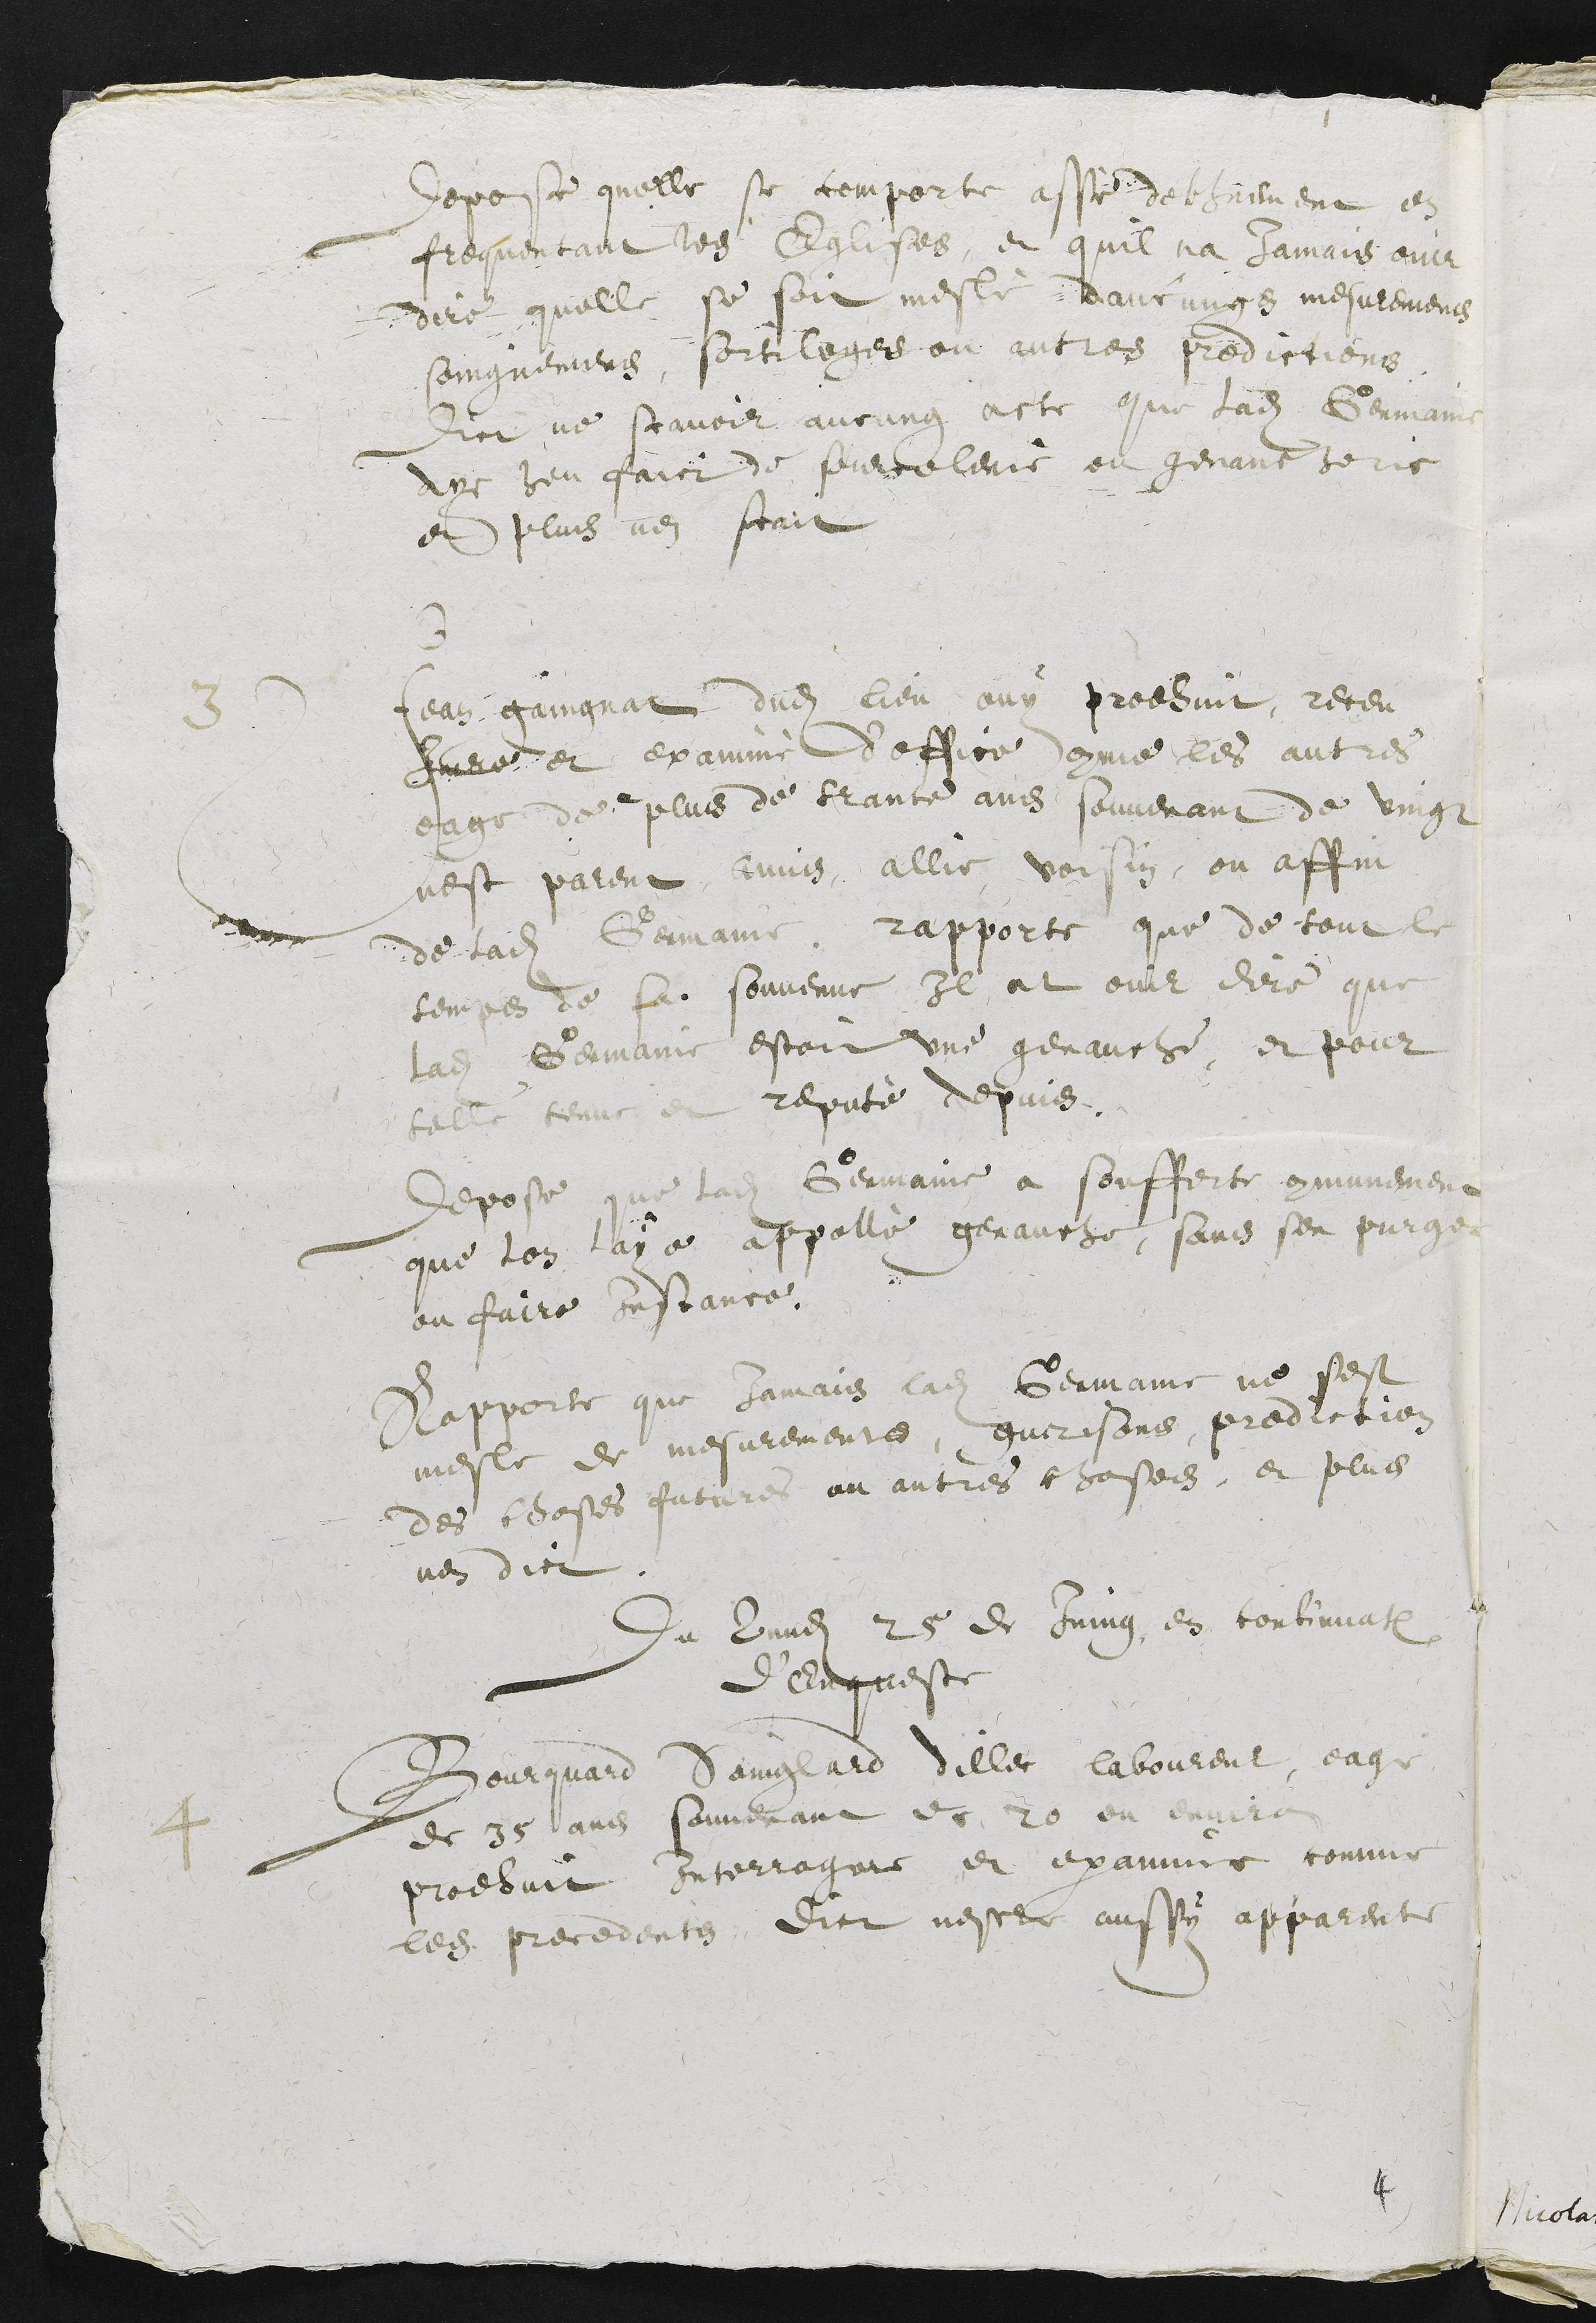
Depose quelle se comporte assé debhuement et
frequentant les Eglises, et quil na Jamais ouir
dire quelle se soit meslé daucungs mesuremens
soingnemens, sortileges ou autres predictions
dict ne scavoir aucung acte que ladite Germaine
aye heu faict de sourcelerie ou genaucherie
et plus nen scait
3
Jean gaingnat dudit lieu ouy prodhuit, receu
Jure et examiné d’office comme les autres
eage de plus de trante ans souvenant de vingt
nest parent amis, allie, voisin, ou affin
de ladite Germaine, rapporte que de tout le
temps de sa souvenue Il at ouir dire que
ladite Germaine estoit une genauche, et pour
telle tenue et reputé depuis.
Depose que ladite Germaine a soufferte communement
que lon laye appellé genauche, sans sen purger
ou faire instance.
Rapporte que Jamais ladite Germaine ne sest
mesle de mesurements, guerisons, prediction
des choses futures ou autres choses, et plus
nen dict
Du Lundi 25 de Juing, en continuation
d'Enqueste
4
Bourquard Sainglard dillec laboureur, eagé
de 35 ans souvenant de 20 ou environ
prodhuit Interrogue et examine comme
les precedents, dict nestre aussy apparente
4